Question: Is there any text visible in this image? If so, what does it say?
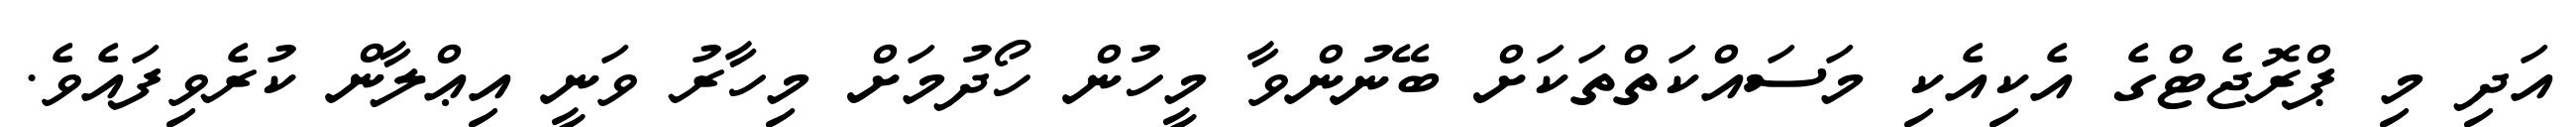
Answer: އަދި މި ޕްރޮޖެޓްގެ އެކިއެކި މަސައްކަތްތަކަށް ބޭނުންވާ މީހުން ހޯދުމަށް މިހާރު ވަނީ އިޢްލާން ކުރެވިފައެވެ.